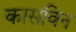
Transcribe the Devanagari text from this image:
कासविन